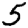
Digit: 5